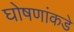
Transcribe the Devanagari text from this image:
घोषणांकडे